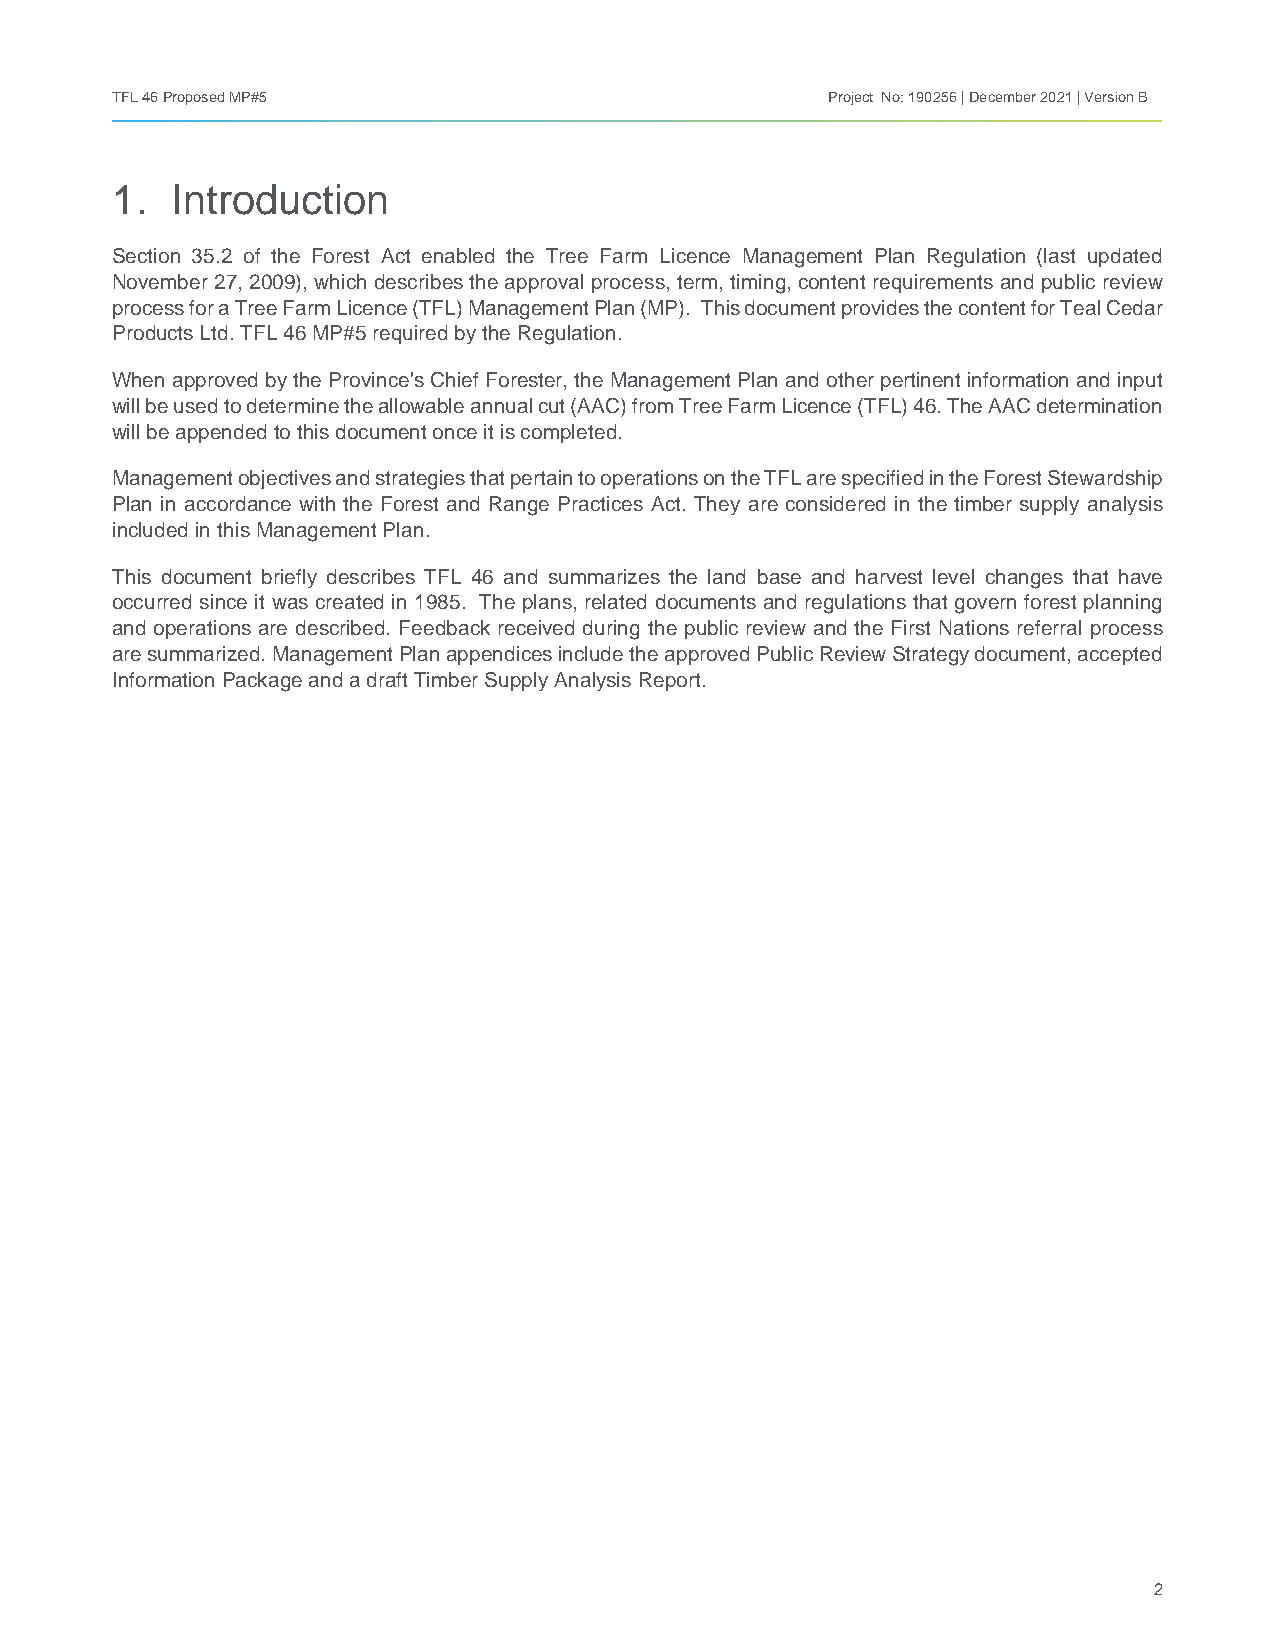
TFL 46 Proposed MP#5                            Project No: 190256 | December 2021 | Version B
 1.  Introduction
 Section 35.2 of the Forest Act enabled the Tree Farm Licence Management Plan Regulation (last updated
 November 27, 2009), which describes the approval process, term, timing, content requirements and public review
 process for a Tree Farm Licence (TFL) Management Plan (MP). This document provides the content for Teal Cedar
 Products Ltd. TFL 46 MP#5 required by the Regulation.
 When approved by the Province's Chief Forester, the Management Plan and other pertinent information and input
 will be used to determine the allowable annual cut (AAC) from Tree Farm Licence (TFL) 46. The AAC determination
 will be appended to this document once it is completed.
 Management objectives and strategies that pertain to operations on the TFL are specified in the Forest Stewardship
 Plan in accordance with the Forest and Range Practices Act. They are considered in the timber supply analysis
 included in this Management Plan.
 This document briefly describes TFL 46 and summarizes the land base and harvest level changes that have
 occurred since it was created in 1985. The plans, related documents and regulations that govern forest planning
 and operations are described. Feedback received during the public review and the First Nations referral process
 are summarized. Management Plan appendices include the approved Public Review Strategy document, accepted
 Information Package and a draft Timber Supply Analysis Report.
 2